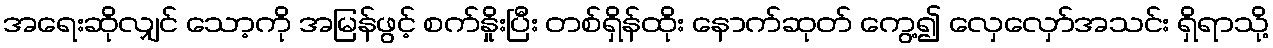
အရေးဆိုလျှင် သော့ကို အမြန်ဖွင့် စက်နှိုးပြီး တစ်ရှိန်ထိုး နောက်ဆုတ် ကွေ့၍ လှေလှော်အသင်း ရှိရာသို့